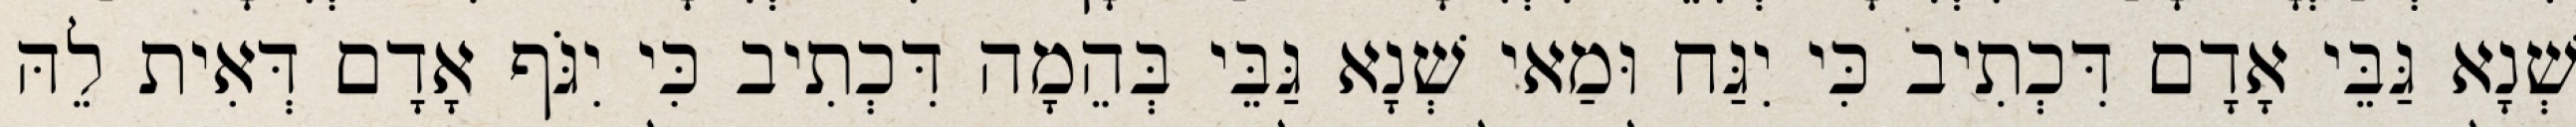
שְׁנָא גַּבֵּי אָדָם דִּכְתִיב כִּי יִגַּח וּמַאי שְׁנָא גַּבֵּי בְּהֵמָה דִּכְתִיב כִּי יִגֹּף אָדָם דְּאִית לֵהּ